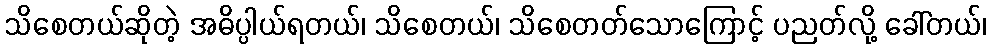
သိစေတယ်ဆိုတဲ့ အဓိပ္ပါယ်ရတယ်၊ သိစေတယ်၊ သိစေတတ်သောကြောင့် ပညတ်လို့ ခေါ်တယ်၊